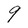
Character: 9